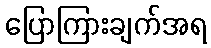
ပြောကြားချက်အရ